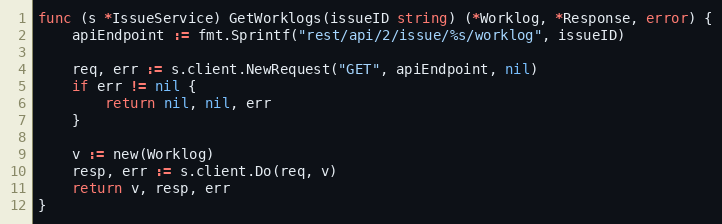
Language: Go
func (s *IssueService) GetWorklogs(issueID string) (*Worklog, *Response, error) {
	apiEndpoint := fmt.Sprintf("rest/api/2/issue/%s/worklog", issueID)

	req, err := s.client.NewRequest("GET", apiEndpoint, nil)
	if err != nil {
		return nil, nil, err
	}

	v := new(Worklog)
	resp, err := s.client.Do(req, v)
	return v, resp, err
}